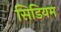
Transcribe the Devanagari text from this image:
सिडियम